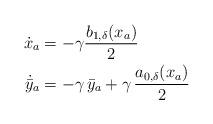
LaTeX: \begin{align*} \dot{{x}}_a &=-\gamma\dfrac{ b_{1,\delta}(x_a)}{2 }\\\dot{\bar{y}}_a & = -\gamma\, \bar{y}_a + \gamma\, \dfrac{a_{0, \delta}({x}_a)}{2}\end{align*}